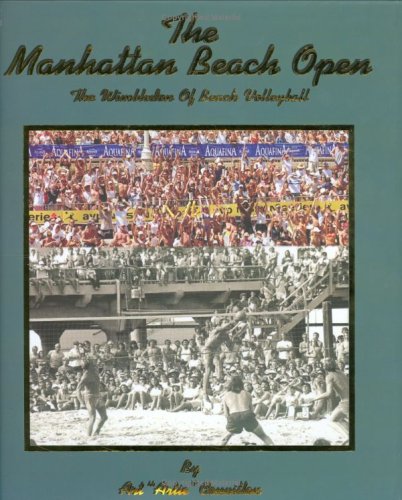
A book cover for The Manhattan Beach Open; Art "Artie" Couvillon; Sports & Outdoors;